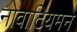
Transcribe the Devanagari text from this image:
नोवाटियमने